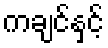
ကချင်နှင့်